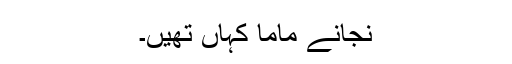
نجانے ماما کہاں تھیں۔